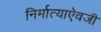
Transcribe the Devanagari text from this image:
निर्मात्याऐवजी